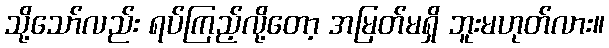
သို့သော်လည်း ရပ်ကြည့်လို့တော့ အမြတ်မရှိ ဘူးမဟုတ်လား။